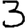
Digit: 3